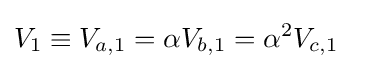
{\begin{aligned}V_{1}&\equiv V_{a,1}=\alpha V_{b,1}=\alpha ^{2}V_{c,1}\end{aligned}}